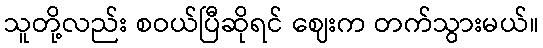
သူတို့လည်း စဝယ်ပြီဆိုရင် ဈေးက တက်သွားမယ်။